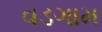
વડગામ